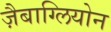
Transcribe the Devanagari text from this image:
ज़ैबाग्लियोन